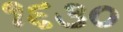
૧૬૩૦